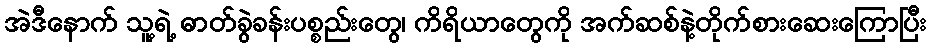
အဲဒီနောက် သူ့ရဲ့ ဓာတ်ခွဲခန်းပစ္စည်းတွေ၊ ကိရိယာတွေကို အက်ဆစ်နဲ့တိုက်စားဆေးကြောပြီး